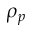
\rho _ { p }